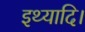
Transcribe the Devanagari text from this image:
इथ्यादि।